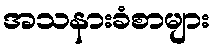
အသနားခံစာများ